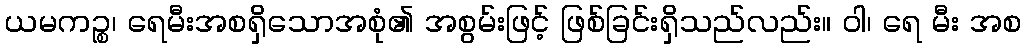
ယမကဉ္စ၊ ရေမီးအစရှိသောအစုံ၏ အစွမ်းဖြင့် ဖြစ်ခြင်းရှိသည်လည်း။ ဝါ၊ ရေ မီး အစ